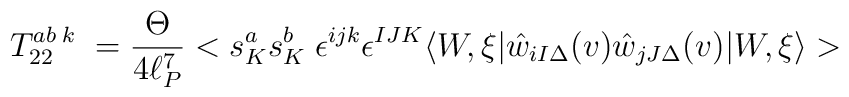
T_{22}^{ab\;k}\;=\frac{\Theta }{4\ell _{P}^{7}}<s_{K}^{a}s_{K}^{b}\;\epsilon^{ijk}\epsilon ^{IJK}\langle W,\xi |\hat{w}_{iI\Delta }(v)\hat{w}_{jJ\Delta}(v)|W,\xi \rangle >